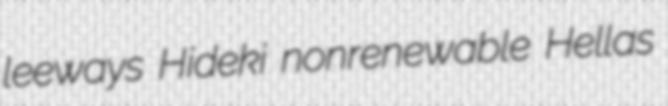
leeways Hideki nonrenewable Hellas